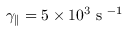
\gamma _ { \parallel } = 5 \times 1 0 ^ { 3 } \textrm { s } ^ { - 1 }